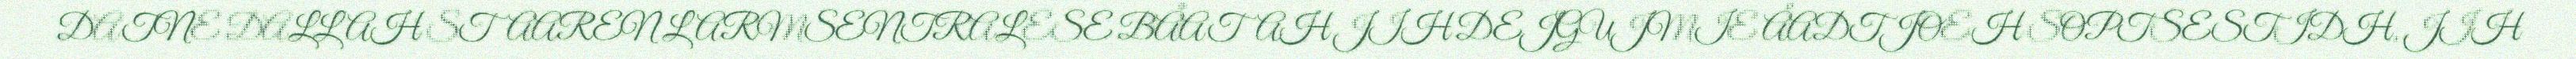
DATNE DALLAH STAAREN LARMSENTRALESE BÅATAH JIH DEJGUJMIE ÅADTJOEH SOPTSESTIDH, JIH